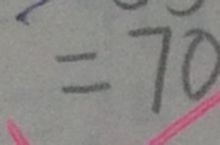
= 7 0